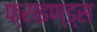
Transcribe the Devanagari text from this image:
फ्राइण्ड्स